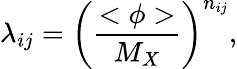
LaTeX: \lambda_{ij}=\left({\frac{<\phi>}{M_{X}}}\right)^{n_{ij}},